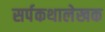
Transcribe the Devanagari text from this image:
सर्पकथालेखक